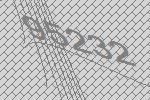
95232